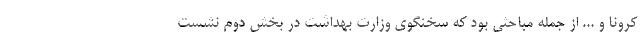
کرونا و ... از جمله مباحثی بود که سخنگوی وزارت بهداشت در بخش دوم نشست